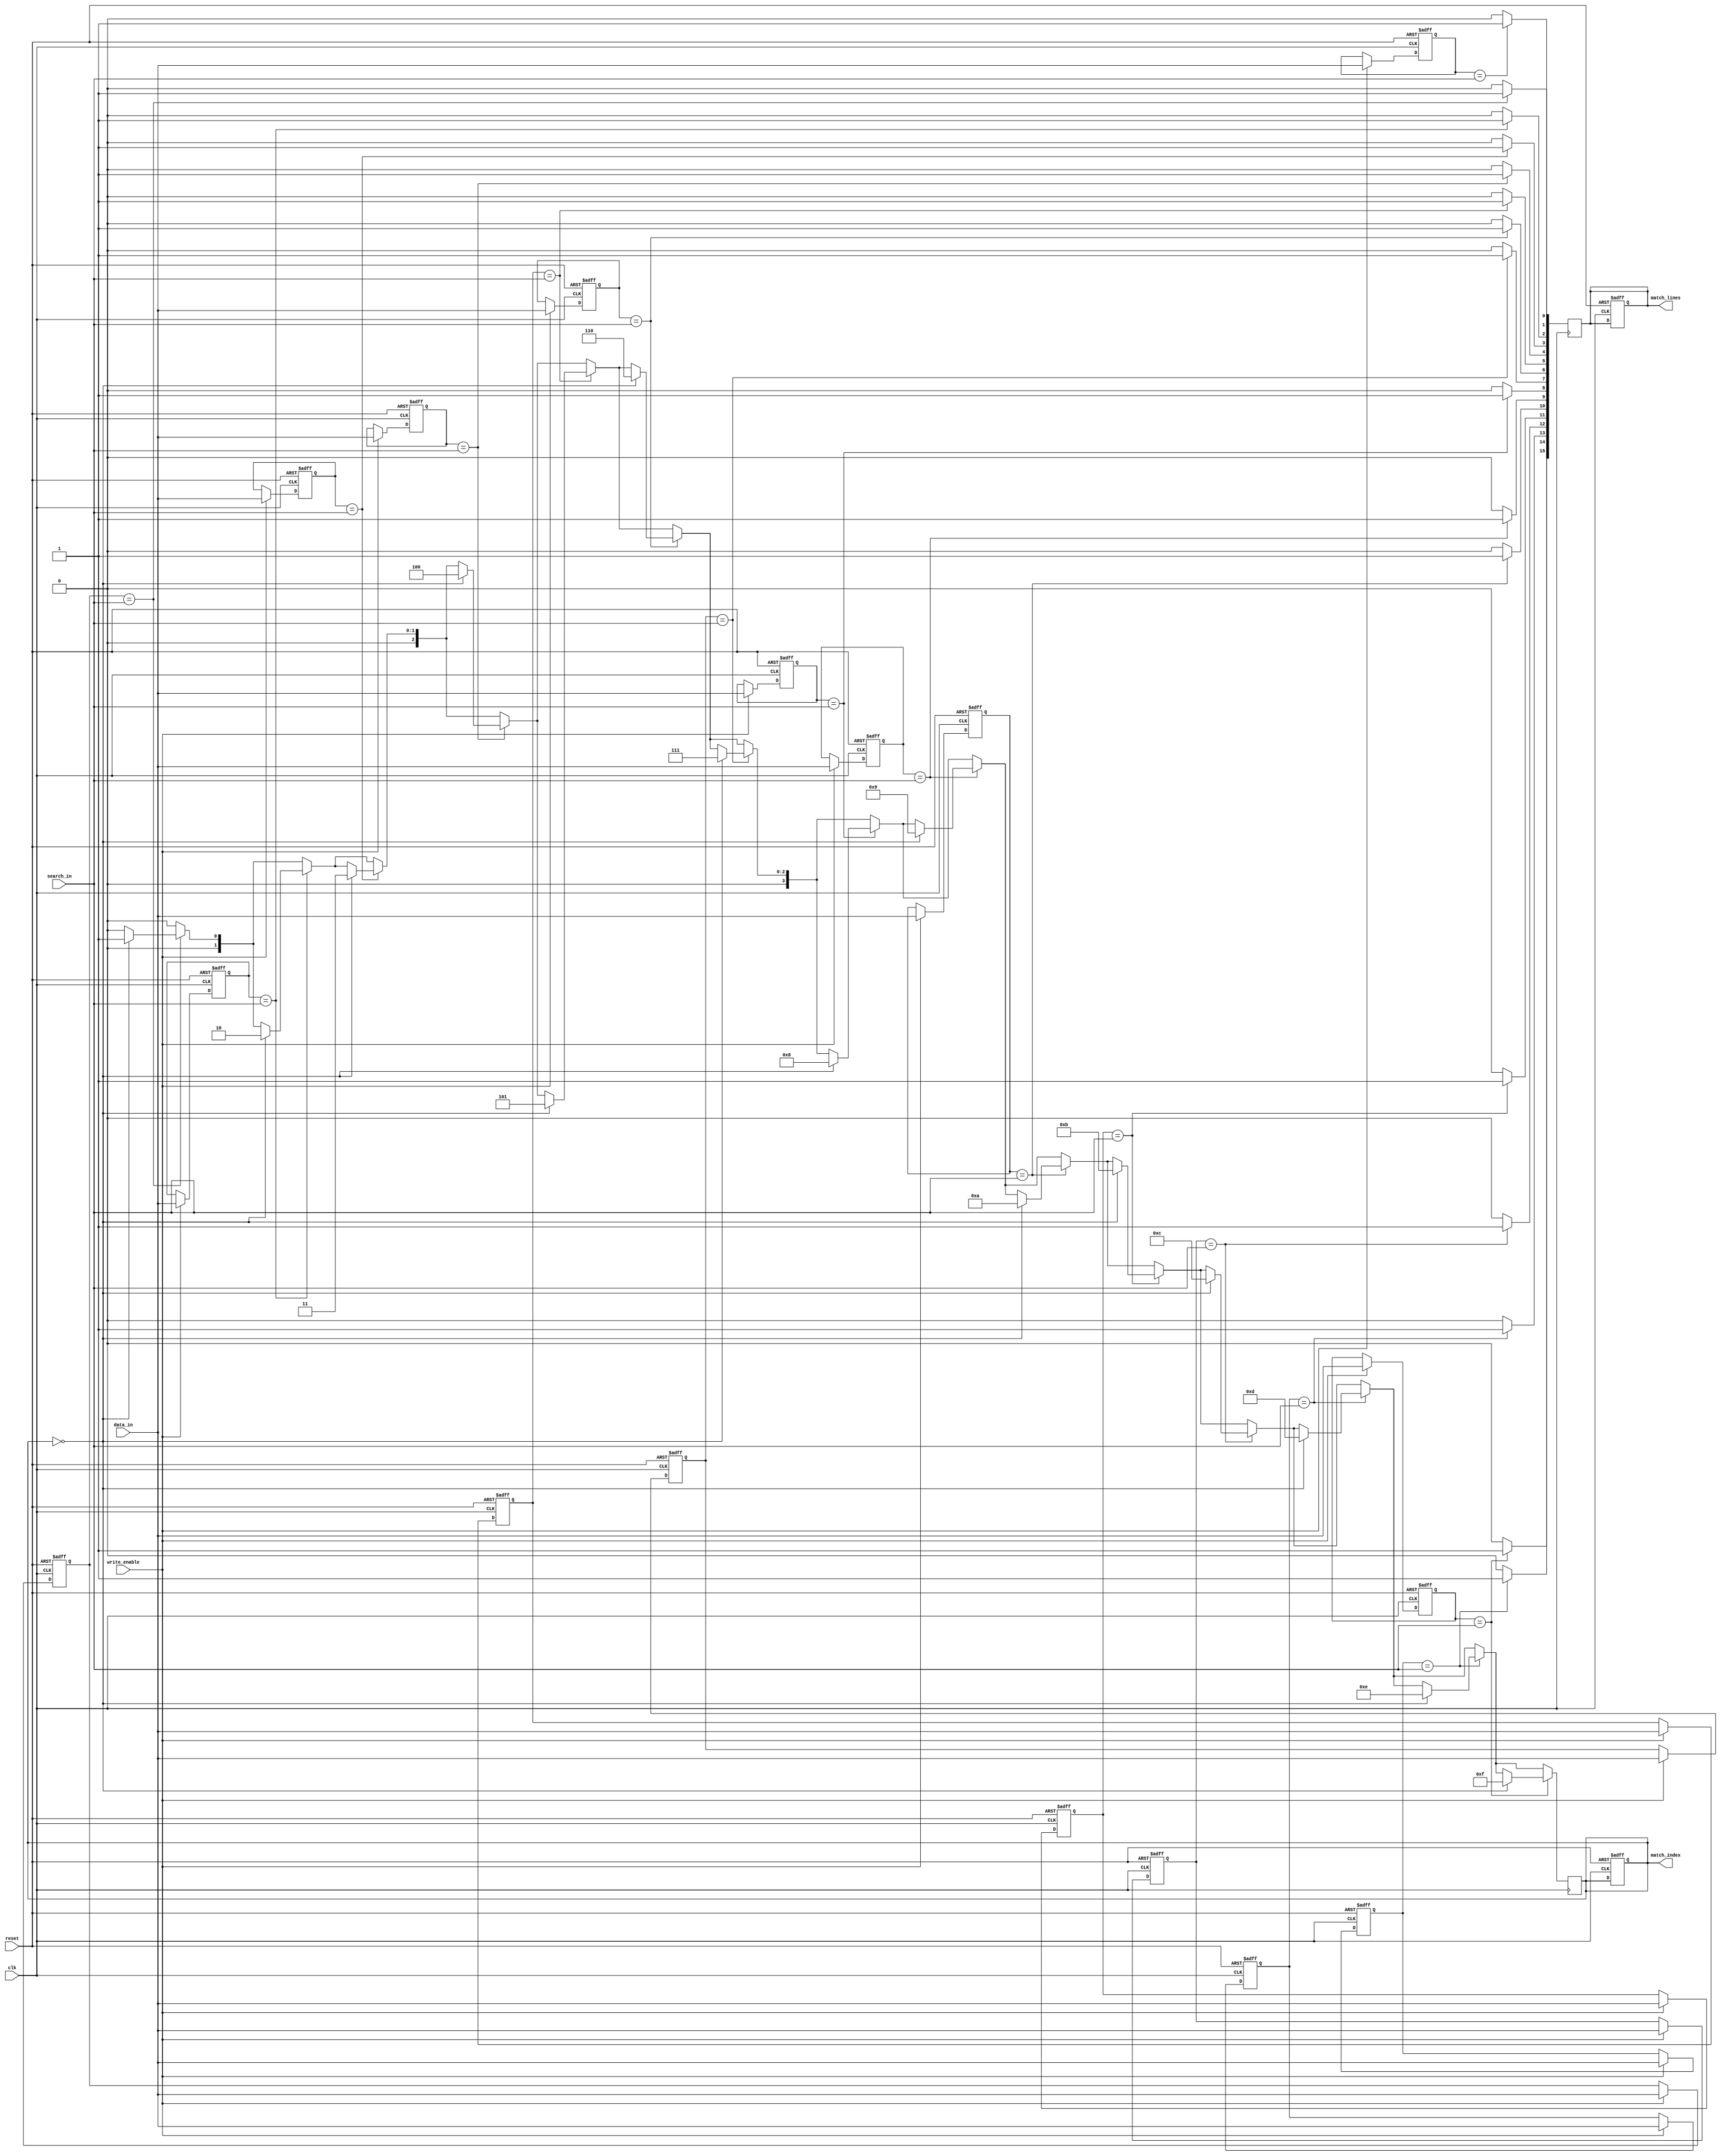
module column_based_cam #(
    parameter DATA_WIDTH = 8,  // Width of each data entry
    parameter NUM_ENTRIES = 16  // Number of entries in the CAM
)(
    input wire clk,
    input wire reset,
    input wire write_enable,
    input wire [DATA_WIDTH-1:0] data_in,
    input wire [DATA_WIDTH-1:0] search_in,
    output reg [NUM_ENTRIES-1:0] match_lines,
    output reg [$clog2(NUM_ENTRIES)-1:0] match_index
);

// Storage array for CAM data
reg [DATA_WIDTH-1:0] cam_array [0:NUM_ENTRIES-1];

// Internal signals
integer i;
reg [DATA_WIDTH-1:0] search_result;

// Write operation
always @(posedge clk or posedge reset) begin
    if (reset) begin
        // Clear CAM on reset
        for (i = 0; i < NUM_ENTRIES; i = i + 1) begin
            cam_array[i] <= {DATA_WIDTH{1'b0}};
        end
        match_lines <= {NUM_ENTRIES{1'b0}};
        match_index <= {($clog2(NUM_ENTRIES)){1'b0}};
    end else if (write_enable) begin
        // Write data to CAM
        for (i = 0; i < NUM_ENTRIES; i = i + 1) begin
            cam_array[i] <= data_in; // Assuming writing to all entries for simplicity
        end
    end
end

// Search operation
always @(posedge clk) begin
    // Initialize match lines
    match_lines <= {NUM_ENTRIES{1'b0}};
    match_index <= {($clog2(NUM_ENTRIES)){1'b0}};
    
    // Compare search input with CAM entries
    for (i = 0; i < NUM_ENTRIES; i = i + 1) begin
        if (cam_array[i] == search_in) begin
            match_lines[i] <= 1'b1; // Set match line for matching entry
            // Capture the first match index
            if (match_index == {($clog2(NUM_ENTRIES)){1'b0}}) begin
                match_index <= i[$clog2(NUM_ENTRIES)-1:0];
            end
        end
    end
end

endmodule